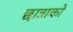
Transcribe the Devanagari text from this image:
छात्राको